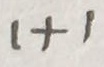
1 + 1